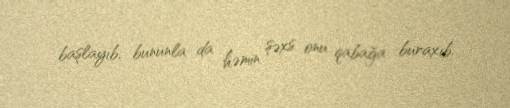
başlayıb, bununla da həmin şəxs onu qabağa buraxıb.